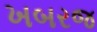
ખબરજ